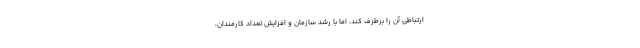
ارتباطی آن را برطرف کند،‌ اما با رشد سازمان و افزایش تعداد کارمندان،